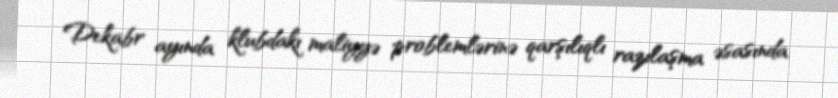
Dekabr ayında klubdakı maliyyə problemlərinə qarşılıqlı razılaşma əsasında